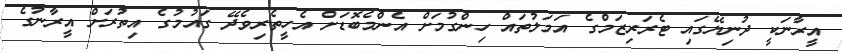
އީރާނަކީ ދުނިޔޭގައި ޓެރަރިޒަމްގެ އަމަލުތައް ހިންގުމަށް އެންމެބޮޑަށް އެހީތެރިވެދޭ ގައުމުގެ އިތުރަށް އީރާނުގެ